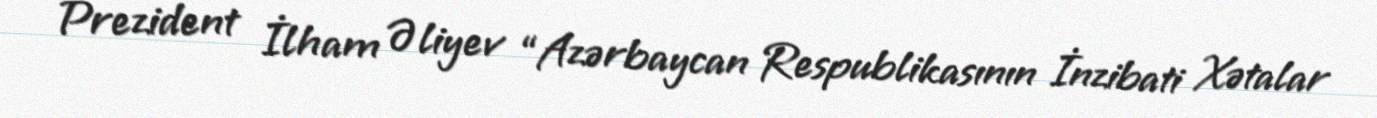
Prezident İlham Əliyev “Azərbaycan Respublikasının İnzibati Xətalar